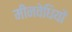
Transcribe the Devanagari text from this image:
मीनवेधियों